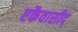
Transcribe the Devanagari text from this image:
एकैवासीद्